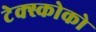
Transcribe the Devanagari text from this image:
टेक्स्कोको